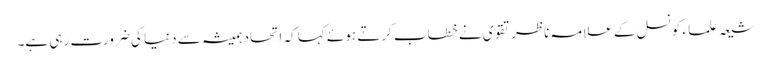
شیعہ علما ء کونسل کے علامہ ناظر تقوی نے خطاب کرتے ہوئے کہا کہ اتحاد ہمیشہ سے دنیا کی ضرورت رہی ہے۔